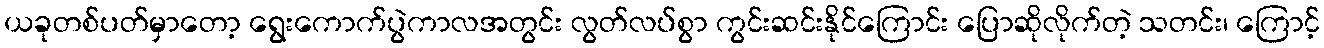
ယခုတစ်ပတ်မှာတော့ ရွေးကောက်ပွဲကာလအတွင်း လွတ်လပ်စွာ ကွင်းဆင်းနိုင်ကြောင်း ပြောဆိုလိုက်တဲ့ သတင်း၊ ကြောင့်